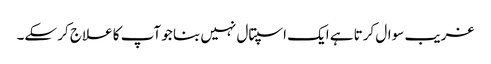
غریب سوال کرتا ہے ایک اسپتال نہیں بنا جو آپ کا علاج کر سکے۔